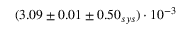
( 3 . 0 9 \pm 0 . 0 1 \pm 0 . 5 0 _ { s y s } ) \cdot 1 0 ^ { - 3 }